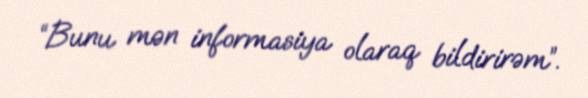
“Bunu mən informasiya olaraq bildirirəm”.